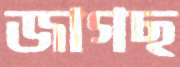
জাগছ